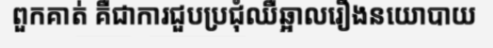
ពួកគាត់ គឺជាការជួបប្រជុំឈឺឆ្អាលរឿងនយោបាយ